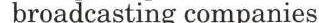
broadcasting companies